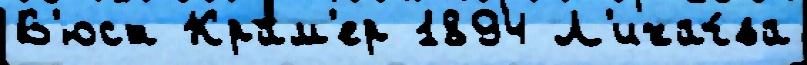
В'юст Крам'ер 1894 Л'ихач́ва